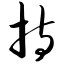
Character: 持